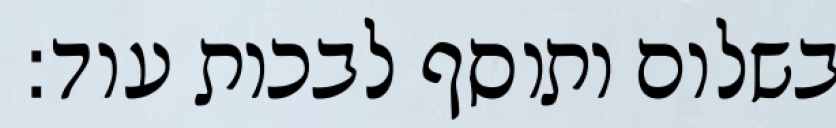
בשלום ותוסף לבכות עוד: